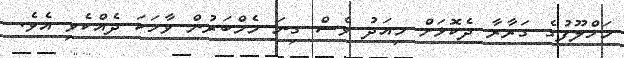
މަހްލޫފުގެ ގަރާރާ ދެކޮޅަށް މިއަދު ވެސް ގިނަ މެމްބަރުން ވާހަކަ ދެއްކެވި އެވެ.